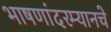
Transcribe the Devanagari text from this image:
भाषणांदरम्यानचे